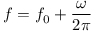
f = f _ { 0 } + \frac { \omega } { 2 \pi }